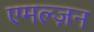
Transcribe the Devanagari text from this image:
एमल्ज़न